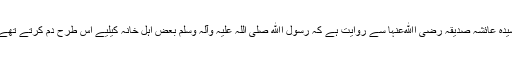
سیدہ عائشہ صدیقہ رضی اﷲعنہا سے روایت ہے کہ رسول اﷲ صلی اللہ علیہ وآلہ وسلم بعض اہل خانہ کیلیے اس طرح دم کرتے تھے۔